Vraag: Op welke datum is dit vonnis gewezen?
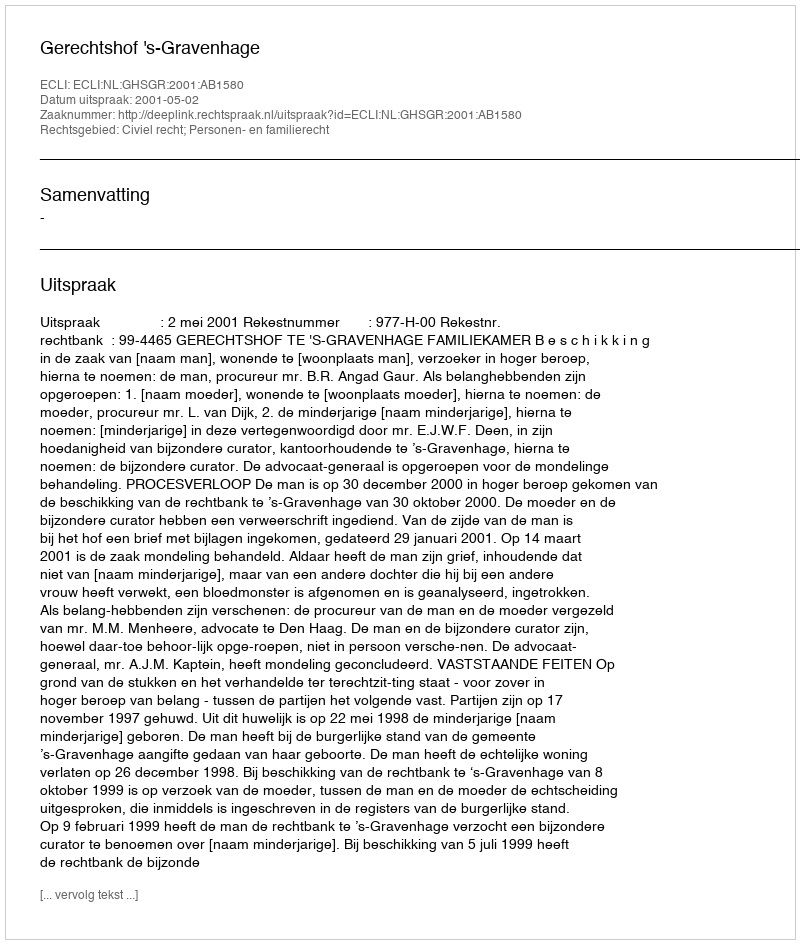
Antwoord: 2001-05-02